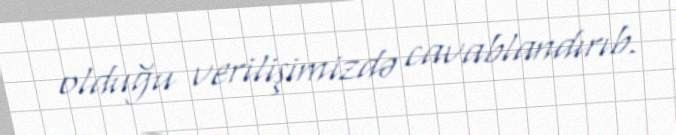
olduğu verilişimizdə cavablandırıb.